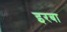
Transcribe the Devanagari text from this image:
इरबा